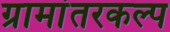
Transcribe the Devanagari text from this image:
ग्रामांतरकल्प